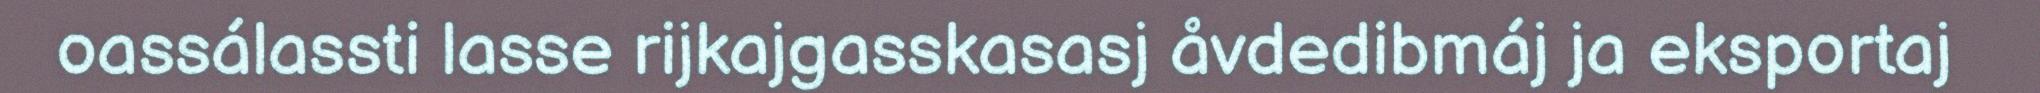
oassálassti lasse rijkajgasskasasj åvdedibmáj ja eksportaj